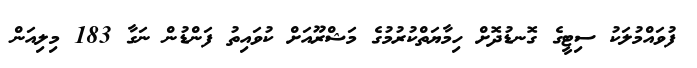
ފުވައްމުލަކު ސިޓީގެ ގޮނޑުދޮށް ހިމާޔަތްކުރުމުގެ މަޝްރޫއަށް ކުވައިތު ފަންޑުން ނަގާ 183 މިލިއަން